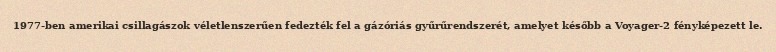
1977-ben amerikai csillagászok véletlenszerűen fedezték fel a gázóriás gyűrűrendszerét, amelyet később a Voyager-2 fényképezett le.